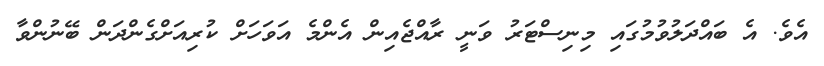
އެވެ. އެ ބައްދަލުވުމުގައި މިނިސްޓަރު ވަނީ ރާއްޖެއިން އެންމެ އަވަހަށް ކުރިއަށްގެންދަން ބޭނުންވާ